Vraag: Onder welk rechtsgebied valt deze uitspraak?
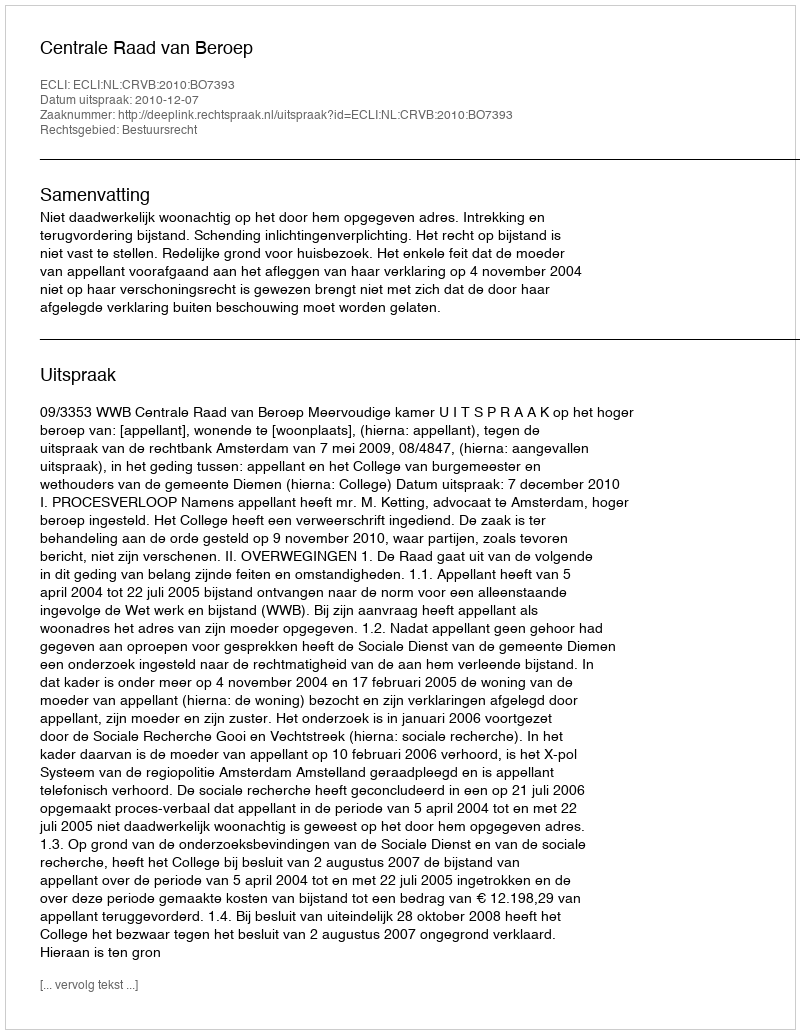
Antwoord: Bestuursrecht